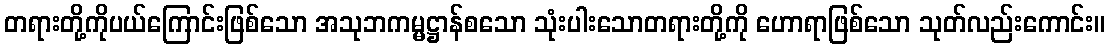
တရားတို့ကိုပယ်ကြောင်းဖြစ်သော အသုဘကမ္မဋ္ဌာန်စသော သုံးပါးသောတရားတို့ကို ဟောရာဖြစ်သော သုတ်လည်းကောင်း။